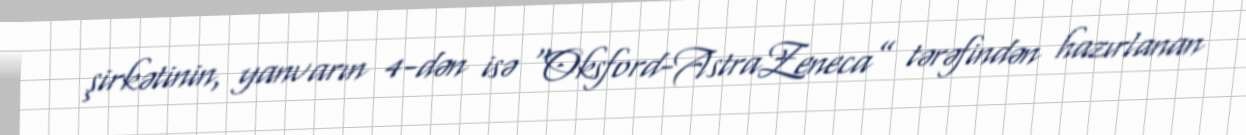
şirkətinin, yanvarın 4-dən isə “Oksford-AstraZeneca” tərəfindən hazırlanan